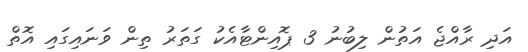
އަދި ރާއްޖެ އަތުން ލިބުނު 3 ޕޮއިންޓާއެކު ގަތަރު ތިން ވަނައިގައި އޮތް